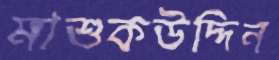
মাশুকউদ্দিন